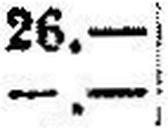
—.—